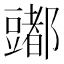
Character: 𰶠